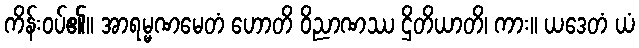
ကိန်းဝပ်၏။ အာရမ္မဏမေတံ ဟောတိ ဝိညာဏဿ ဌိတိယာတိ၊ ကား။ ယဒေတံ ယံ